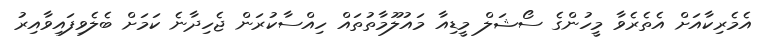
އެމެރިކާއަށް އެތެރެވާ މީހުންގެ ސޯޝަލް މީޑިއާ މައުލޫމާތުތައް ހިއްސާކުރަން ޖެހިދާނެ ކަމަށް ބެލެވިފައިވާއިރު